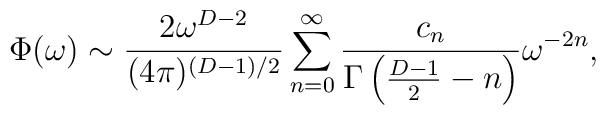
\Phi(\omega)\sim {2 \omega^{D-2} \over(4\pi)^{(D-1)/2}}\sum_{n=0}^\infty{c_n \over \Gamma\left({D-1\over 2}-n\right)} \omega^{-2n},